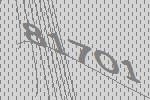
81701